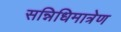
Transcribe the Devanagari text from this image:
सन्निधिमात्रेण